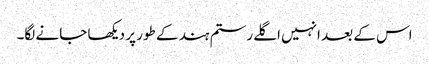
اس کے بعد انہیں اگلے رستم ہند کے طور پر دیکھا جانے لگا۔